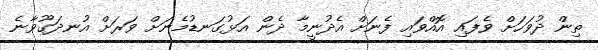
ތިން ދުވަހަށް ވެފައި އޮއްވައި ފެނަށް އެދުނީމާ ދެން އަޅުގަނޑުމެނަށް ވަރަށް އުނދަގޫވާނެ